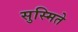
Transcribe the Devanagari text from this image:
सुस्मिते